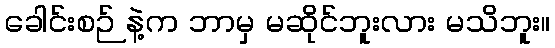
ခေါင်းစဉ် နဲ့က ဘာမှ မဆိုင်ဘူးလား မသိဘူး။